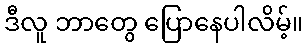
ဒီလူ ဘာတွေ ပြောနေပါလိမ့်။